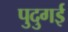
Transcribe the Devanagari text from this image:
पुदुगई